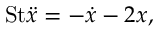
\mathrm { S t } \ddot { x } = - \dot { x } - 2 x ,